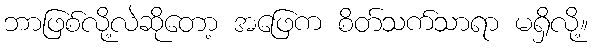
ဘာဖြစ်လို့လဲဆိုတော့ အဖြေက စိတ်သက်သာရာ မရှိလို့။